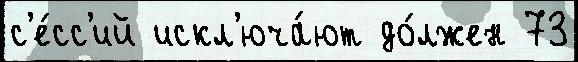
с'е́сс'ий искл'юча́ют до́лжен 73